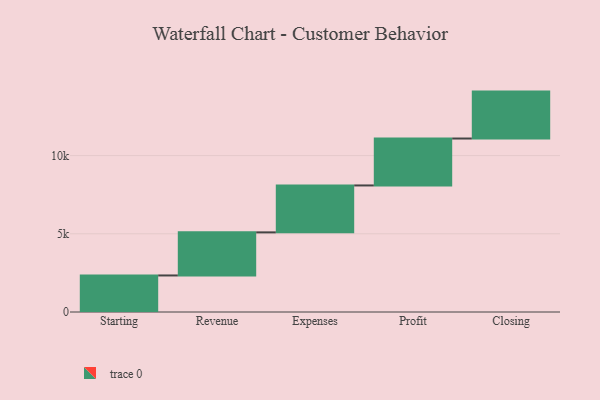
{"axis": {"x": "Step", "y": "Value"}, "legend": [""], "data": [{"x": "Starting", "y": 2336.0, "type": ""}, {"x": "Revenue", "y": 2755.0, "type": ""}, {"x": "Expenses", "y": 3000, "type": ""}, {"x": "Profit", "y": 3000, "type": ""}, {"x": "Closing", "y": 3000, "type": ""}]}